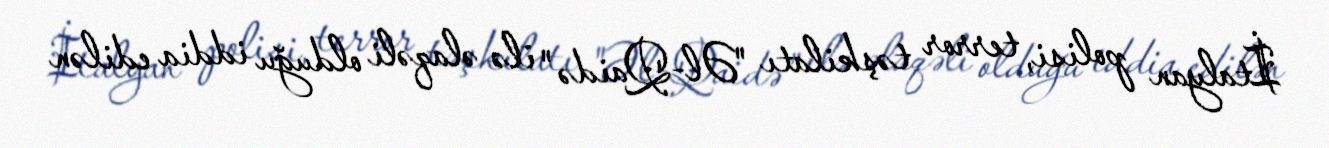
İtalyan polisi, terror təşkilatı "Əl-Qaidə" ilə əlaqəli olduğu iddia edilən